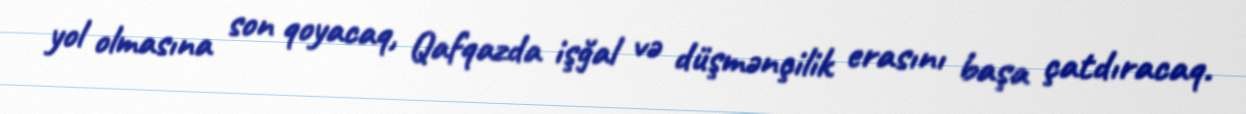
yol olmasına son qoyacaq, Qafqazda işğal və düşmənçilik erasını başa çatdıracaq.